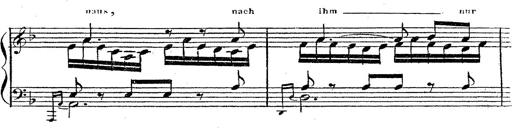
Title: 12 Lieder von Franz Schubert
Composer: Franz Liszt